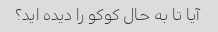
آیا تا به حال کوکو را دیده اید؟